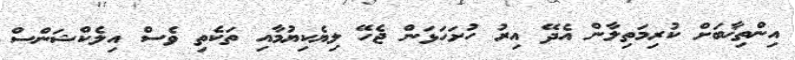
އިންތިޚާބަށް ކުރިމަތިލާން އެދޭ އިރު ހުށަހަޅަން ޖެހޭ ލިޔެކިޔުމާއި ތަކެތި ވެސް އިލެކްޝަންސް